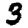
Digit: 3